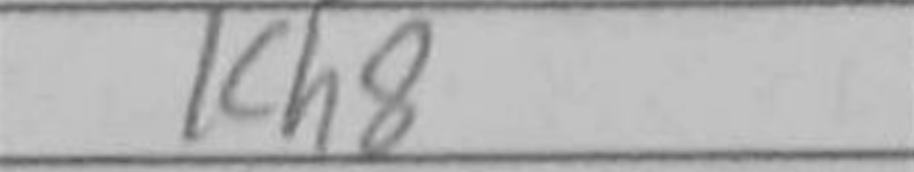
Transcription: Kh8